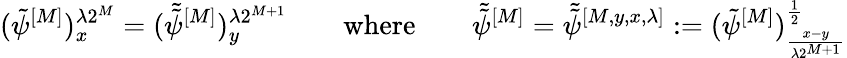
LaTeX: (\tilde{\psi}^{[M]})_{x}^{\lambda 2^{M}}=(\tilde{\tilde{\psi}}^{[M]})_{y}^{\lambda 2^{M+1}}\qquad\mathrm{where}\qquad\tilde{\tilde{\psi}}^{[M]}=\tilde{\tilde{\psi}}^{[M,y,x,\lambda]}:=(\tilde{\psi}^{[M]})_{\frac{x-y}{\lambda 2^{M+1}}}^{\frac{1}{2}}